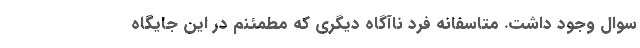
سوال وجود داشت. متاسفانه فرد ناآگاه دیگری که مطمئنم در این جایگاه